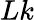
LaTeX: Lk